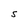
Character: S